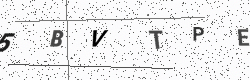
Text: 5BVTPE